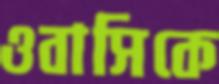
ওবাসিকে